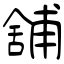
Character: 舗